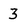
Character: 3